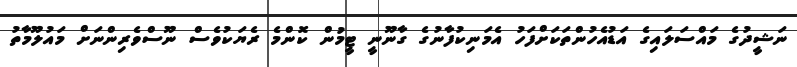
ނަޝީދުގެ މައްސަލައިގެ އަޑުއެހުންތަކަށްފަހު އެމަނިކުފާނުގެ ގާނޫނީ ޓީމުން ކޮންމެ ރެޔަކުވެސް ނޫސްވެރިންނަށް މައުލޫމާތު